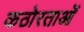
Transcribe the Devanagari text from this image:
कठोरताओं